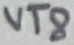
Text: VT8